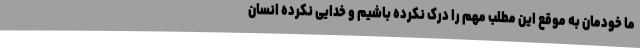
ما خودمان به موقع این مطلب مهم را درک نکرده باشیم و خدایی نکرده انسان